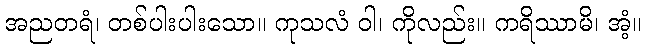
အညတရံ၊ တစ်ပါးပါးသော။ ကုသလံ ဝါ၊ ကိုလည်း။ ကရိဿာမိ၊ အံ့။